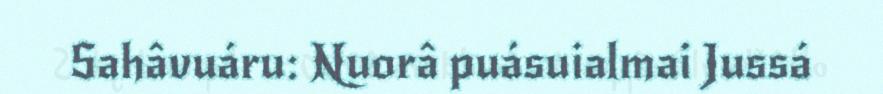
Sahâvuáru: Nuorâ puásuialmai Jussá